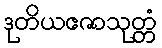
ဒုတိယဧဇာသုတ္တံ